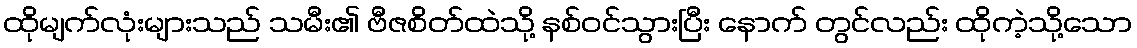
ထိုမျက်လုံးများသည် သမီး၏ ဗီဇစိတ်ထဲသို့ နစ်ဝင်သွားပြီး နောက် တွင်လည်း ထိုကဲ့သို့သော